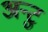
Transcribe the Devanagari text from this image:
अन्टु